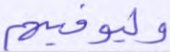
وليوفيهم